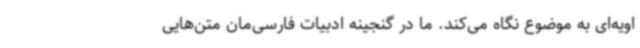
اویه‌ای به موضوع نگاه می‌کند. ما در گنجینه ادبیات فارسی‌مان متن‌هایی